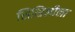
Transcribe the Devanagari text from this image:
सिसिलीला